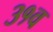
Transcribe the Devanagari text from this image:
३१व